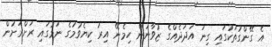
އެ ގޭންގުތަކުގައި ގިނަ އަދަދެއްގެ ޒުވާނުން ހިމެނޭ އިރު ކިޔެވުމުގެ ނަމުގައި ރަށްރަށުން